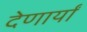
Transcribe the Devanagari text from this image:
देणार्यां